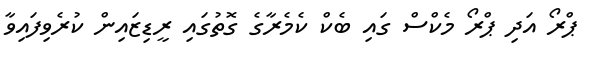
ޕްރޯ އަދި ޕްރޯ މެކްސް ގައި ބެކް ކެމެރާގެ ގޮތުގައި ރީޑިޒައިން ކުރެވިފައިވާ